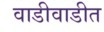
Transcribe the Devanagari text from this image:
वाडीवाडीत